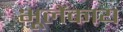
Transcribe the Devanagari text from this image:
भूलेंकाय